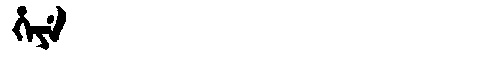
Manchu: ᡥᡝᠶᡝ
Romanization: HEYE